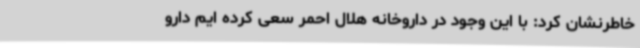
خاطرنشان کرد: با این وجود در داروخانه هلال احمر سعی کرده ایم دارو